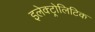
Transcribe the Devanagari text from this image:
इलेक्ट्रोलिटिक